Problem: 36 ÷ 4 = ?
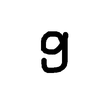
Handwritten answer: 9